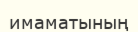
имаматының